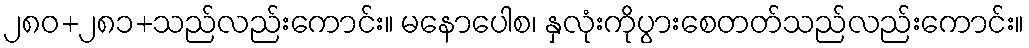
၂၈၀+၂၈၁+သည်လည်းကောင်း။ မနောပေါစ၊ နှလုံးကိုပွားစေတတ်သည်လည်းကောင်း။